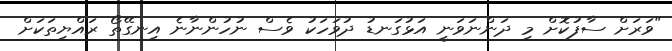
"ވަރަށް ސާފުކޮށް މި ދަންނަވަނީ އަޅުގަނޑު ދުވަހަކު ވެސް ނުހުންނާނެ އިނގޭތޯ ރައްޔިތަކަށް